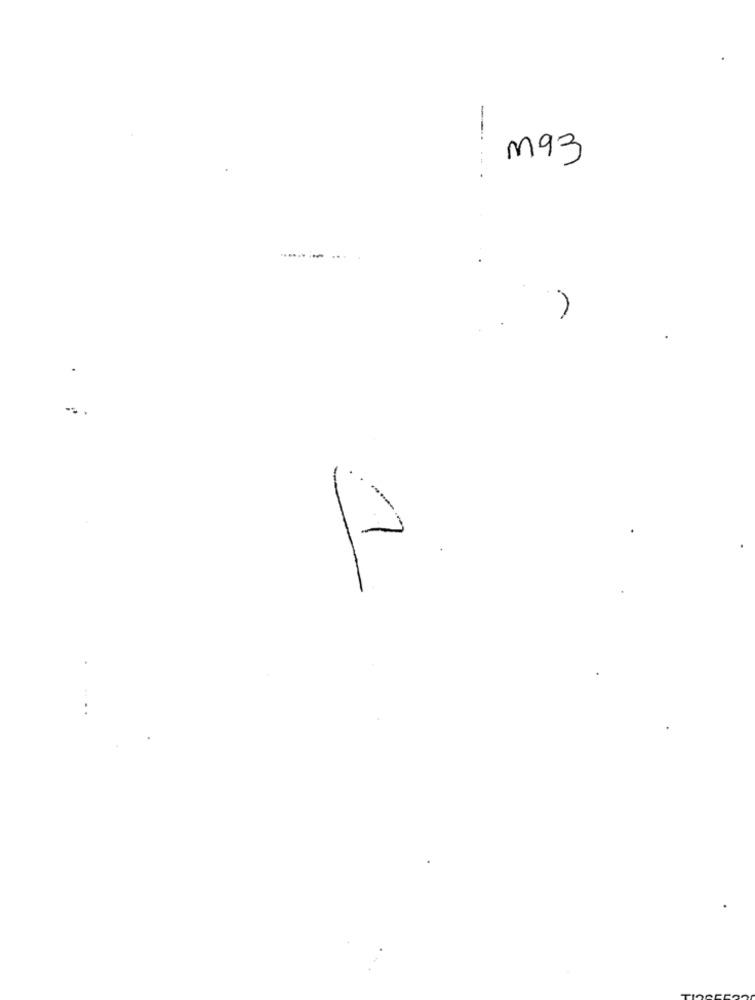
-..
M93
.. .
........
1